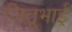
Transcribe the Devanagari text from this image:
जितूभाई